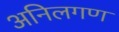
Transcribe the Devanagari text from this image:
अनिलगण